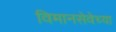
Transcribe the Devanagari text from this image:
विमानसेवेच्या